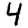
Digit: 4